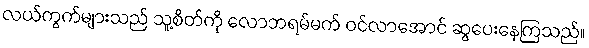
လယ်ကွက်များသည် သူ့စိတ်ကို လောဘရမ်မက် ဝင်လာအောင် ဆွပေးနေကြသည်။